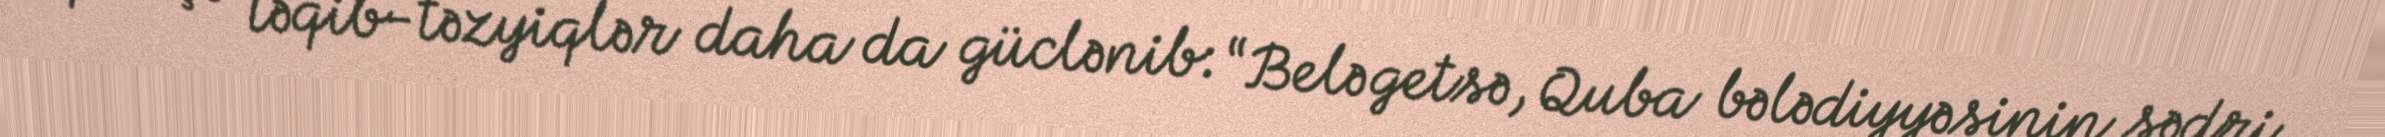
qarşı təqib-təzyiqlər daha da güclənib: “Belə getsə, Quba bələdiyyəsinin sədri